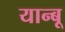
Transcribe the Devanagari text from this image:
यान्बू